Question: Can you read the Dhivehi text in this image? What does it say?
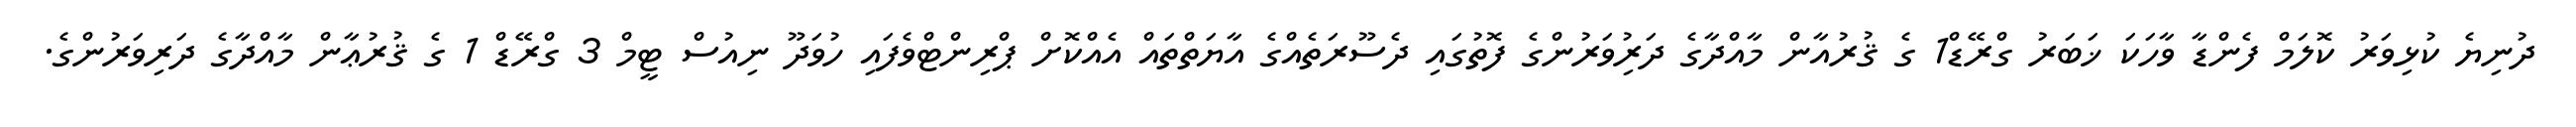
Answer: ދުނިޔެ ކުޅިވަރު ކޮލަމް ފެންޑާ ވާހަކަ ޚަބަރު ގްރޭޑް1 ގެ ޤުރުއާން މާއްދާގެ ދަރިުވަރުންގެ ފޮތުގައި ދެސޫރަތެއްގެ އާޔަތްތައް އެއްކޮށް ޕްރިންޓްވެފައި ހުވަދޫ ނިއުސް ޓީމް 3 ގްރޭޑް 1 ގެ ޤުރުޢާން މާއްދާގެ ދަރިވަރުންގެ.